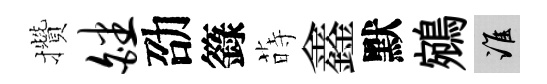
攢皤劭籙蒔鑫默鵷誰